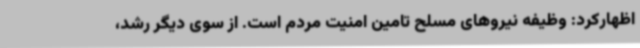
اظهارکرد: وظیفه نیروهای مسلح تامین امنیت مردم است. از سوی دیگر رشد،